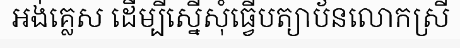
អង់គ្លេស ដើម្បីស្នើសុំធ្វើបត្យាប័នលោកស្រី